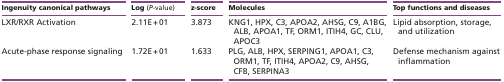
| Ingenuity canonical pathways | Log (P-value) | z-score | Molecules | Top functions and diseases |
 | --- | --- | --- | --- | --- |
 | LXR/RXR Activation | 2.11E + 01 | 3.873 | KNG1, HPX, C3, APOA2, AHSG, C9, A1BG, ALB, APOA1, TF, ORM1, ITIH4, GC, CLU, APOC3 | Lipid absorption, storage, and utilization |
 | Acute-phase response signaling | 1.72E + 01 | 1.633 | PLG, ALB, HPX, SERPING1, APOA1, C3, ORM1, TF, ITIH4, APOA2, C9, AHSG, CFB, SERPINA3 | Defense mechanism against inflammation |